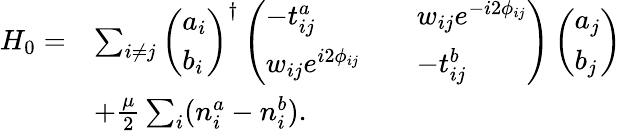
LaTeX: \begin{array}{rl}{H_{0}=}&{\sum_{i\neq j}\left(\begin{array}{l}{a_{i}}\\ {b_{i}}\end{array}\right)^{\dagger}\left(\begin{array}{lll}{-t_{ij}^{a}}&&{w_{ij}e^{-i2\phi_{ij}}}\\ {w_{ij}e^{i2\phi_{ij}}}&&{-t_{ij}^{b}}\end{array}\right)\left(\begin{array}{l}{a_{j}}\\ {b_{j}}\end{array}\right)}\\ &{+\frac{\mu}{2}\sum_{i}(n_{i}^{a}-n_{i}^{b}).}\end{array}